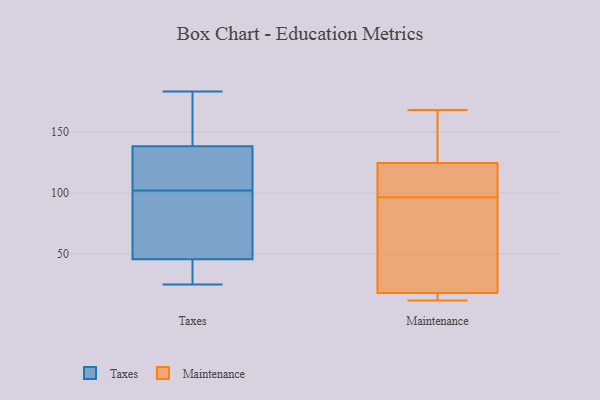
{"axis": {"x": "LTV (USD)", "y": "Value"}, "legend": ["Maintenance", "Taxes"], "data": [{"x": "", "y": 139, "type": "Taxes"}, {"x": "", "y": 39, "type": "Taxes"}, {"x": "", "y": 183, "type": "Taxes"}, {"x": "", "y": 25, "type": "Taxes"}, {"x": "", "y": 165, "type": "Taxes"}, {"x": "", "y": 102, "type": "Taxes"}, {"x": "", "y": 64, "type": "Taxes"}, {"x": "", "y": 80, "type": "Taxes"}, {"x": "", "y": 36, "type": "Taxes"}, {"x": "", "y": 114, "type": "Taxes"}, {"x": "", "y": 84, "type": "Taxes"}, {"x": "", "y": 106, "type": "Taxes"}, {"x": "", "y": 132, "type": "Taxes"}, {"x": "", "y": 138, "type": "Taxes"}, {"x": "", "y": 47, "type": "Taxes"}, {"x": "", "y": 162, "type": "Taxes"}, {"x": "", "y": 42, "type": "Taxes"}, {"x": "", "y": 12, "type": "Maintenance"}, {"x": "", "y": 129, "type": "Maintenance"}, {"x": "", "y": 82, "type": "Maintenance"}, {"x": "", "y": 116, "type": "Maintenance"}, {"x": "", "y": 168, "type": "Maintenance"}, {"x": "", "y": 18, "type": "Maintenance"}, {"x": "", "y": 120, "type": "Maintenance"}, {"x": "", "y": 18, "type": "Maintenance"}, {"x": "", "y": 135, "type": "Maintenance"}, {"x": "", "y": 17, "type": "Maintenance"}, {"x": "", "y": 72, "type": "Maintenance"}, {"x": "", "y": 111, "type": "Maintenance"}]}